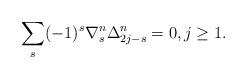
LaTeX: \begin{align*}\sum_{s}(-1)^{s}\nabla^n_{s}\Delta^n_{2j-s}=0,j\geq 1.\end{align*}